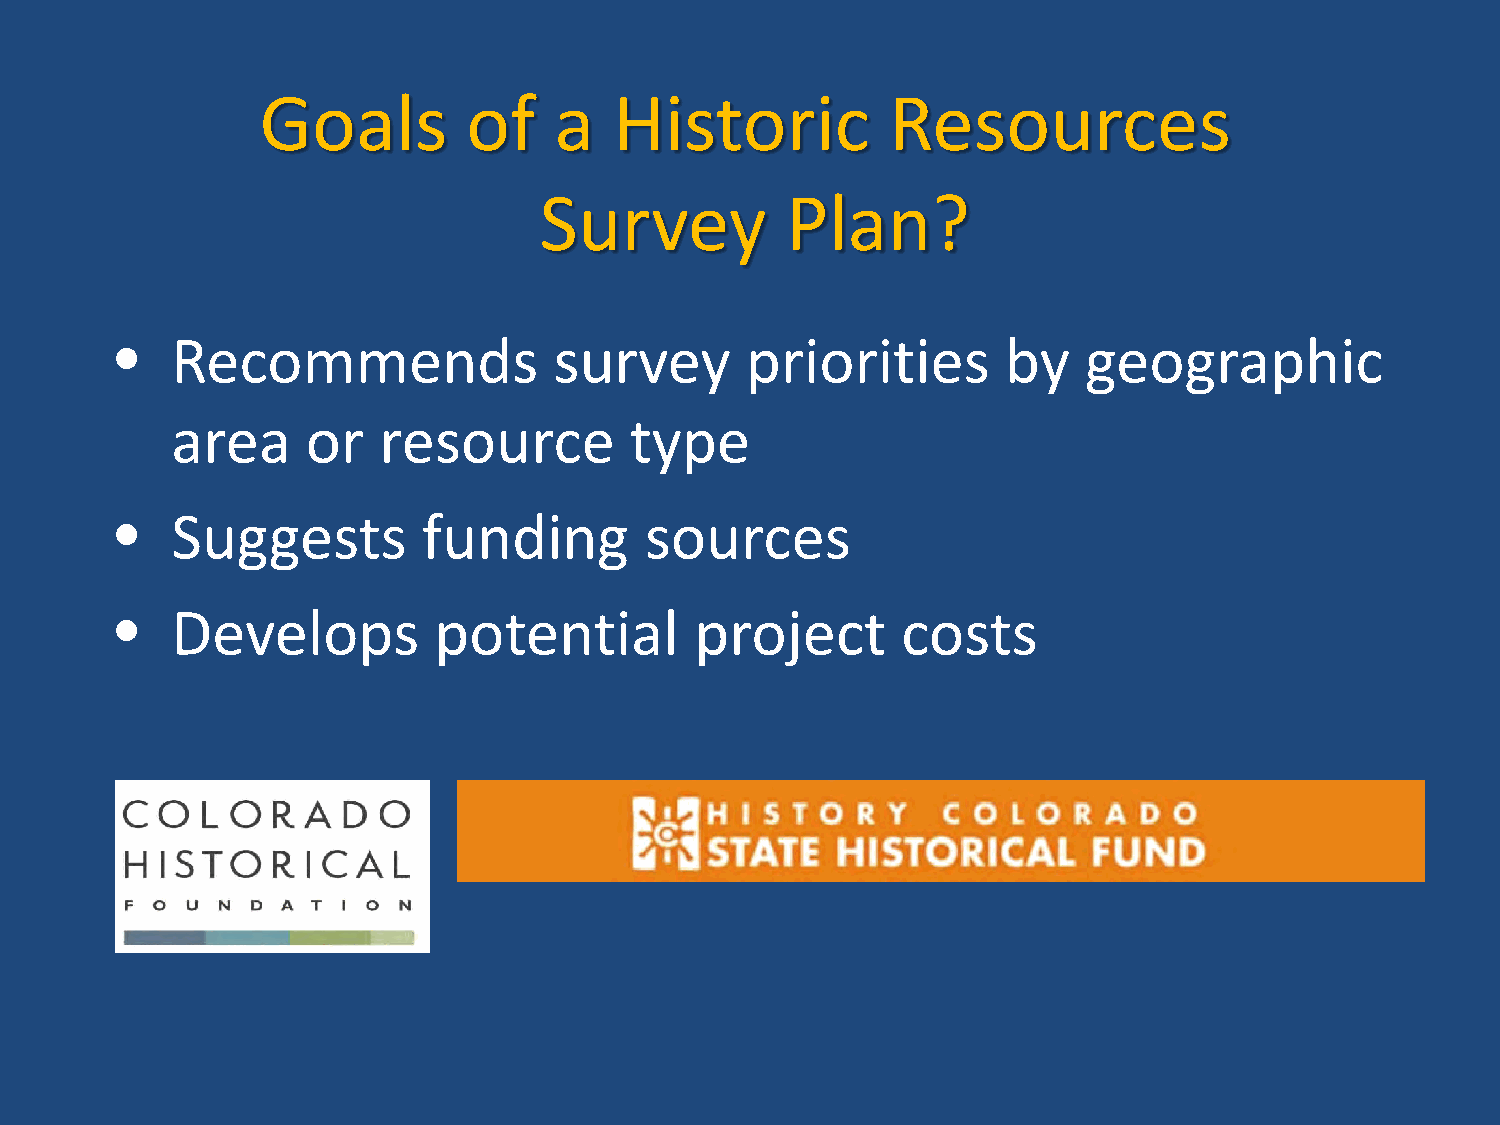
Goals         of    a   Historic          Resources
 Survey          Plan?
 •  Recommends                survey      priorities        by   geographic
 area     or   resource         type
 •  Suggests         funding        sources
 •  Develops          potential        project       costs